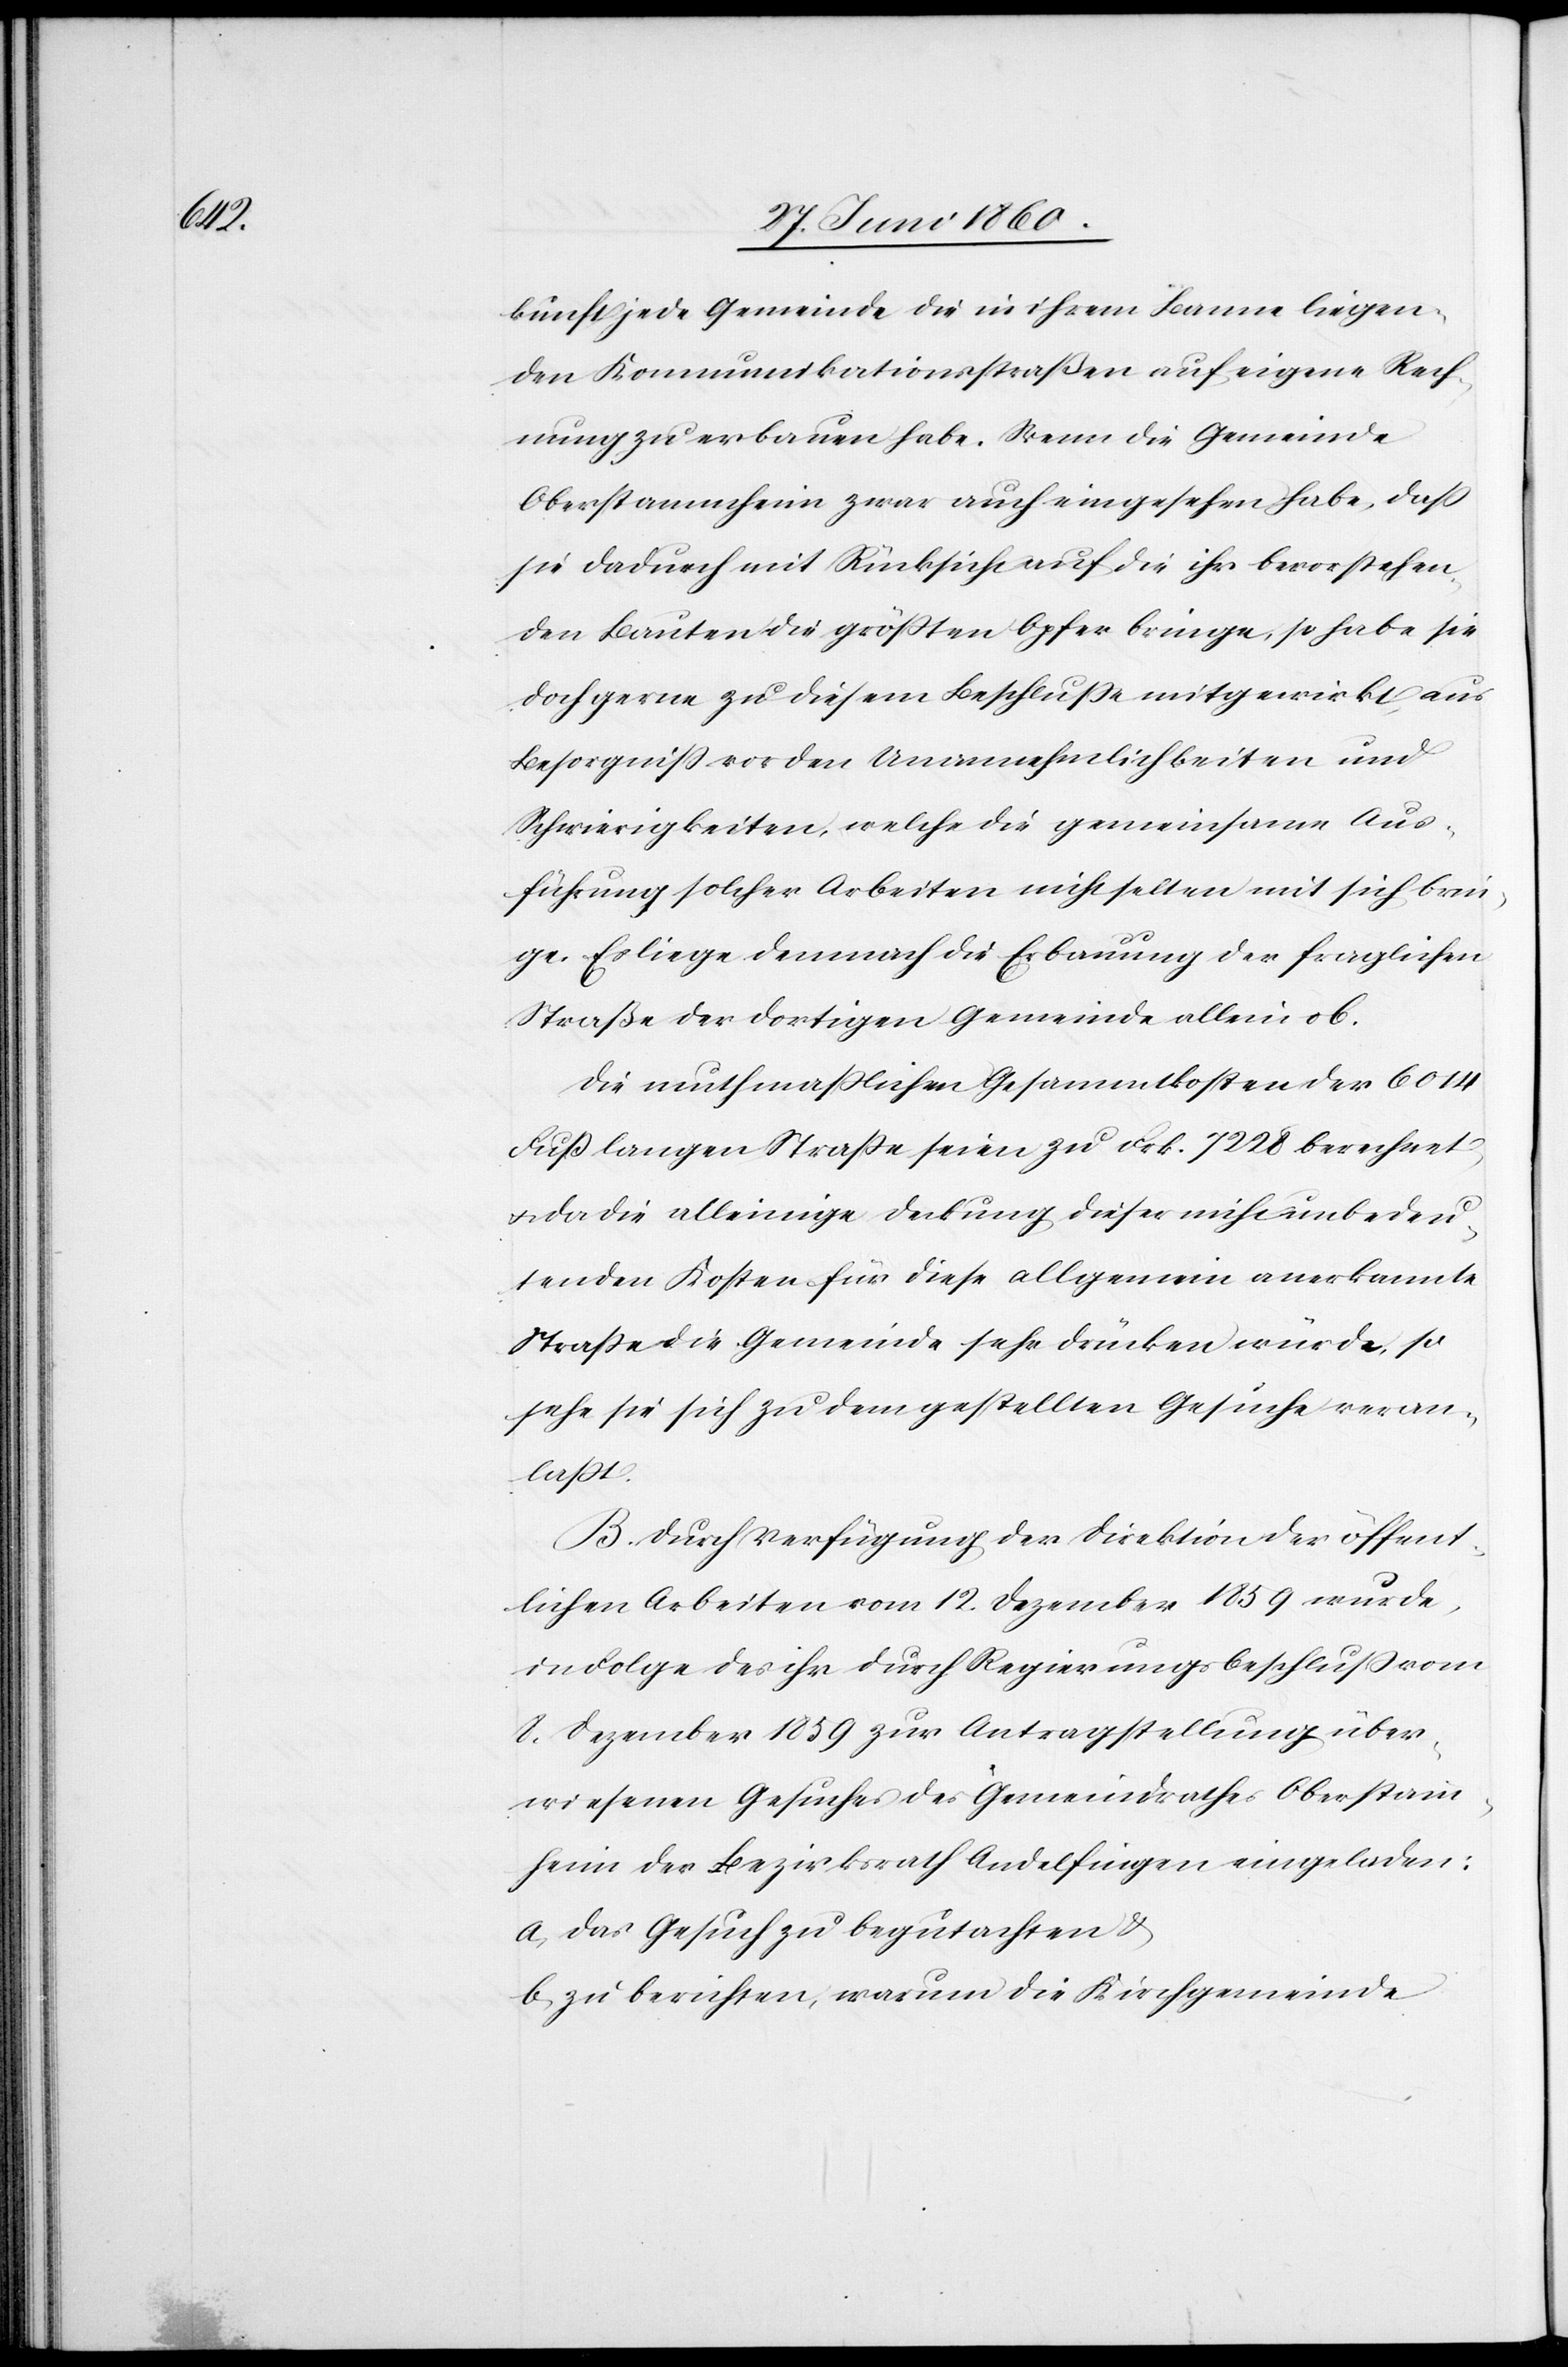
kunft jede Gemeinde die in ihrem Banne liegen¬
den Kommunikationsstraßen auf eigene Rech¬
nung zu erbauen habe. Wenn die Gemeinde
Oberstammheim zwar auch eingesehen habe, dass
sie dadurch mit Rücksicht auf die ihr bevorstehen¬
den Bauten die grössten Opfer bringe, so habe sie
doch gerne zu diesem Beschlusse mitgewirkt, aus
Besorgniss vor den Unannehmlichkeiten und
Schwierigkeiten, welche die gemeinsame Aus¬
führung solcher Arbeiten nicht selten mit sich brin¬
gen. Es liege demnach die Erbauung der fraglichen
Straße der dortigen Gemeinde allein ob.
Die muthmasslichen Gesammtkosten der 6014
Fuss langen Strasse seien zu Frk. 7228 berechnet,
u. da die alleinige Deckung dieser nicht unbedeu¬
tenden Kosten für diese allgemein anerkannte
Strasse die Gemeinde sehr drücken würde, so
sehe sie sich zu dem gestellten Gesuche veran¬
lasst.
B. Durch Verfügung der Direktion der öffent¬
lichen Arbeiten vom 12. Dezember 1859 wurde,
in Folge des ihr durch Regierungsbeschluss vom
8. Dezember 1859 zur Antragstellung über¬
wiesenen Gesuches des Gemeindrathes Oberstamm¬
heim der Bezirksrath Andelfingen eingeladen:
a. das Gesuch zu begutachten u.
b. zu berichten, warum die Kirchgemeinde